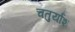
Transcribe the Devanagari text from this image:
चतुर्यांश